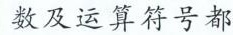
数及运算符号都